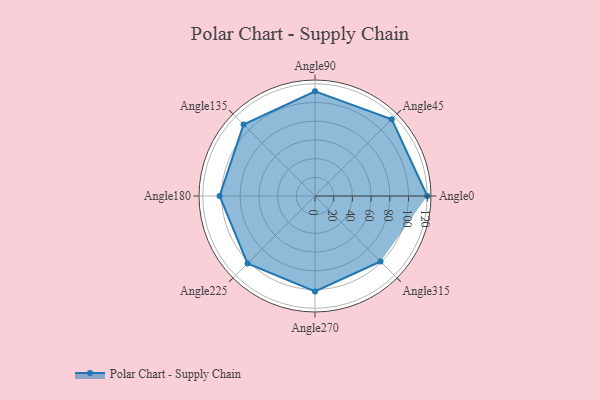
{"axis": {"x": "Angle", "y": "Radius"}, "legend": [""], "data": [{"x": "Angle0", "y": 120.0, "type": ""}, {"x": "Angle45", "y": 116.0, "type": ""}, {"x": "Angle90", "y": 112.0, "type": ""}, {"x": "Angle135", "y": 108.0, "type": ""}, {"x": "Angle180", "y": 102.0, "type": ""}, {"x": "Angle225", "y": 102.0, "type": ""}, {"x": "Angle270", "y": 102.0, "type": ""}, {"x": "Angle315", "y": 99.0, "type": ""}]}